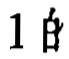
$1 \beta$